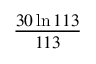
\frac { 3 0 \ln 1 1 3 } { 1 1 3 }